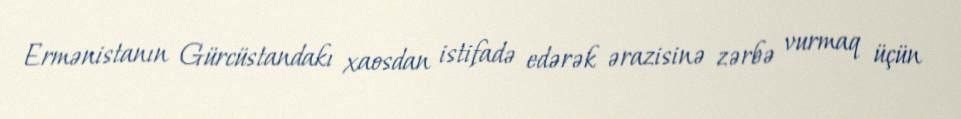
Ermənistanın Gürcüstandakı xaosdan istifadə edərək ərazisinə zərbə vurmaq üçün